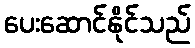
ပေးဆောင်နိုင်သည်